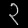
Digit: ၃